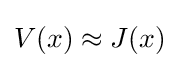
V(x)\approx J(x)